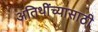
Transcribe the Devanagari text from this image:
अतिथींच्यासाठी